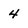
Character: 4